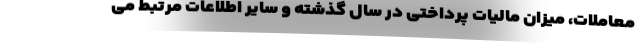
معاملات، میزان مالیات پرداختی در سال گذشته و سایر اطلاعات مرتبط می